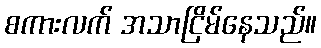
စကားလက် အသာငြိမ်နေသည်။